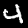
Label: 4